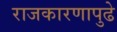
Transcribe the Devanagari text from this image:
राजकारणापुढे